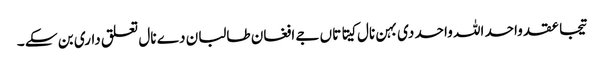
تیجا عقد واحد اللہ واحد دی بہن نال کیتا تاں جے افغان طالبان دے نال تعلق داری بن سکے ۔